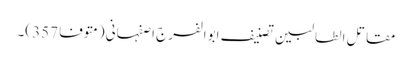
مقاتل الطالبین تصنیف ابوالفرج اصفہانی (متوفا 357)۔